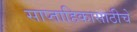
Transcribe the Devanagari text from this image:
साप्ताहिकासाठीचे